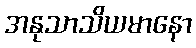
အနုသာသိယမာနော